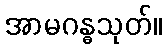
အာမဂန္ဓသုတ်။